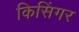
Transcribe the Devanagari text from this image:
किसिंगर